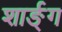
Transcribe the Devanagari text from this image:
शार्ङ्‍ग